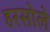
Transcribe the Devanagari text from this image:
हरसोले